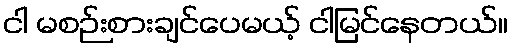
ငါ မစဉ်းစားချင်ပေမယ့် ငါမြင်နေတယ်။